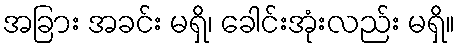
အခြား အခင်း မရှိ၊ ခေါင်းအုံးလည်း မရှိ။